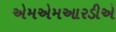
એમએમઆરડીએ